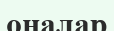
оналар